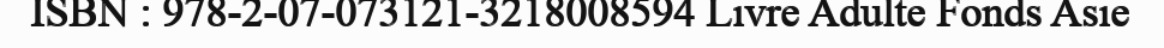
ISBN : 978-2-07-073121-3218008594 Livre Adulte Fonds Asie